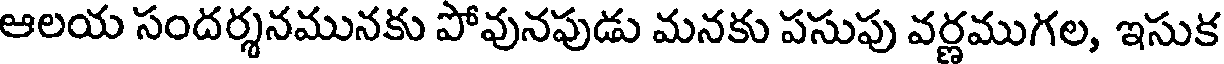
ఆలయ సందర్శనమునకు పోవునపుడు మనకు పసుపు వర్ణముగల, ఇసుక